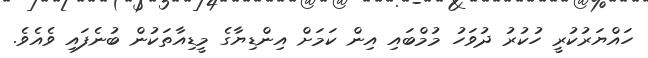
ހައްޔަރުކުރީ ހުކުރު ދުވަހު މުމްބައި އިން ކަމަށް އިންޑިޔާގެ މީޑިއާތަކުން ބުނެފައި ވެއެވެ.